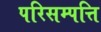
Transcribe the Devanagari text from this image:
परिसम्‍पत्ति